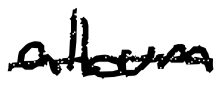
Text: album
Cross-out: single-line
Writing tool: digital_black